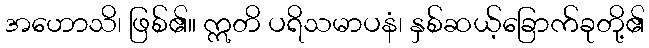
အဟောသိ၊ ဖြစ်၏။ ဣတိ ပရိသမာပနံ၊ နှစ်ဆယ့်ခြောက်ခုတို့၏